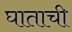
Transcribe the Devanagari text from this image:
घाताची